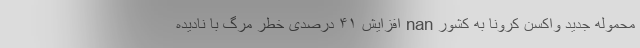
محموله جدید واکسن کرونا به کشور nan افزایش ۴۱ درصدی خطر مرگ با نادیده